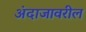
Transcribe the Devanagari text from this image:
अंदाजावरील